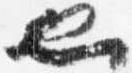
也